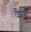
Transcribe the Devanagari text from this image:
शिरणी